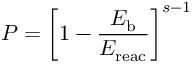
P = \left[ 1 - \frac { E _ { \mathrm { { b } } } } { E _ { \mathrm { { r e a c } } } } \right] ^ { s - 1 }